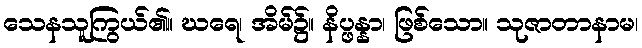
သေနသူကြွယ်၏။ ဃရေ၊ အိမ်၌။ နိပ္ဖန္နာ၊ ဖြစ်သော။ သုဇာတာနာမ၊